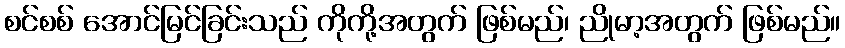
စင်စစ် အောင်မြင်ခြင်းသည် ကိုကို့အတွက် ဖြစ်မည်၊ ညိုမာ့အတွက် ဖြစ်မည်။